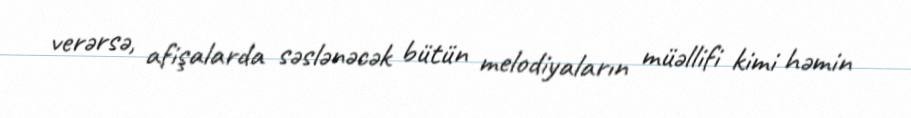
verərsə, afişalarda səslənəcək bütün melodiyaların müəllifi kimi həmin